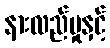
နားလည်မှုနှင့်